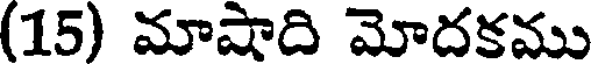
(15) మాషాది మోదకము